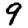
Digit: 9